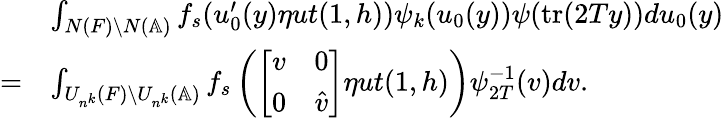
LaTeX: \begin{array}{rl}&{\int_{N(F)\backslash N(\mathbb{A})}f_{s}(u_{0}^{\prime}(y)\eta ut(1,h))\psi_{k}(u_{0}(y))\psi(\mathrm{tr}(2Ty))du_{0}(y)}\\ {=}&{\int_{U_{n^{k}}(F)\backslash U_{n^{k}}(\mathbb{A})}f_{s}\left(\left[\begin{array}{cc}{v}&{0}\\ {0}&{\hat{v}}\end{array}\right]\eta ut(1,h)\right)\psi_{2T}^{-1}(v)dv.}\end{array}